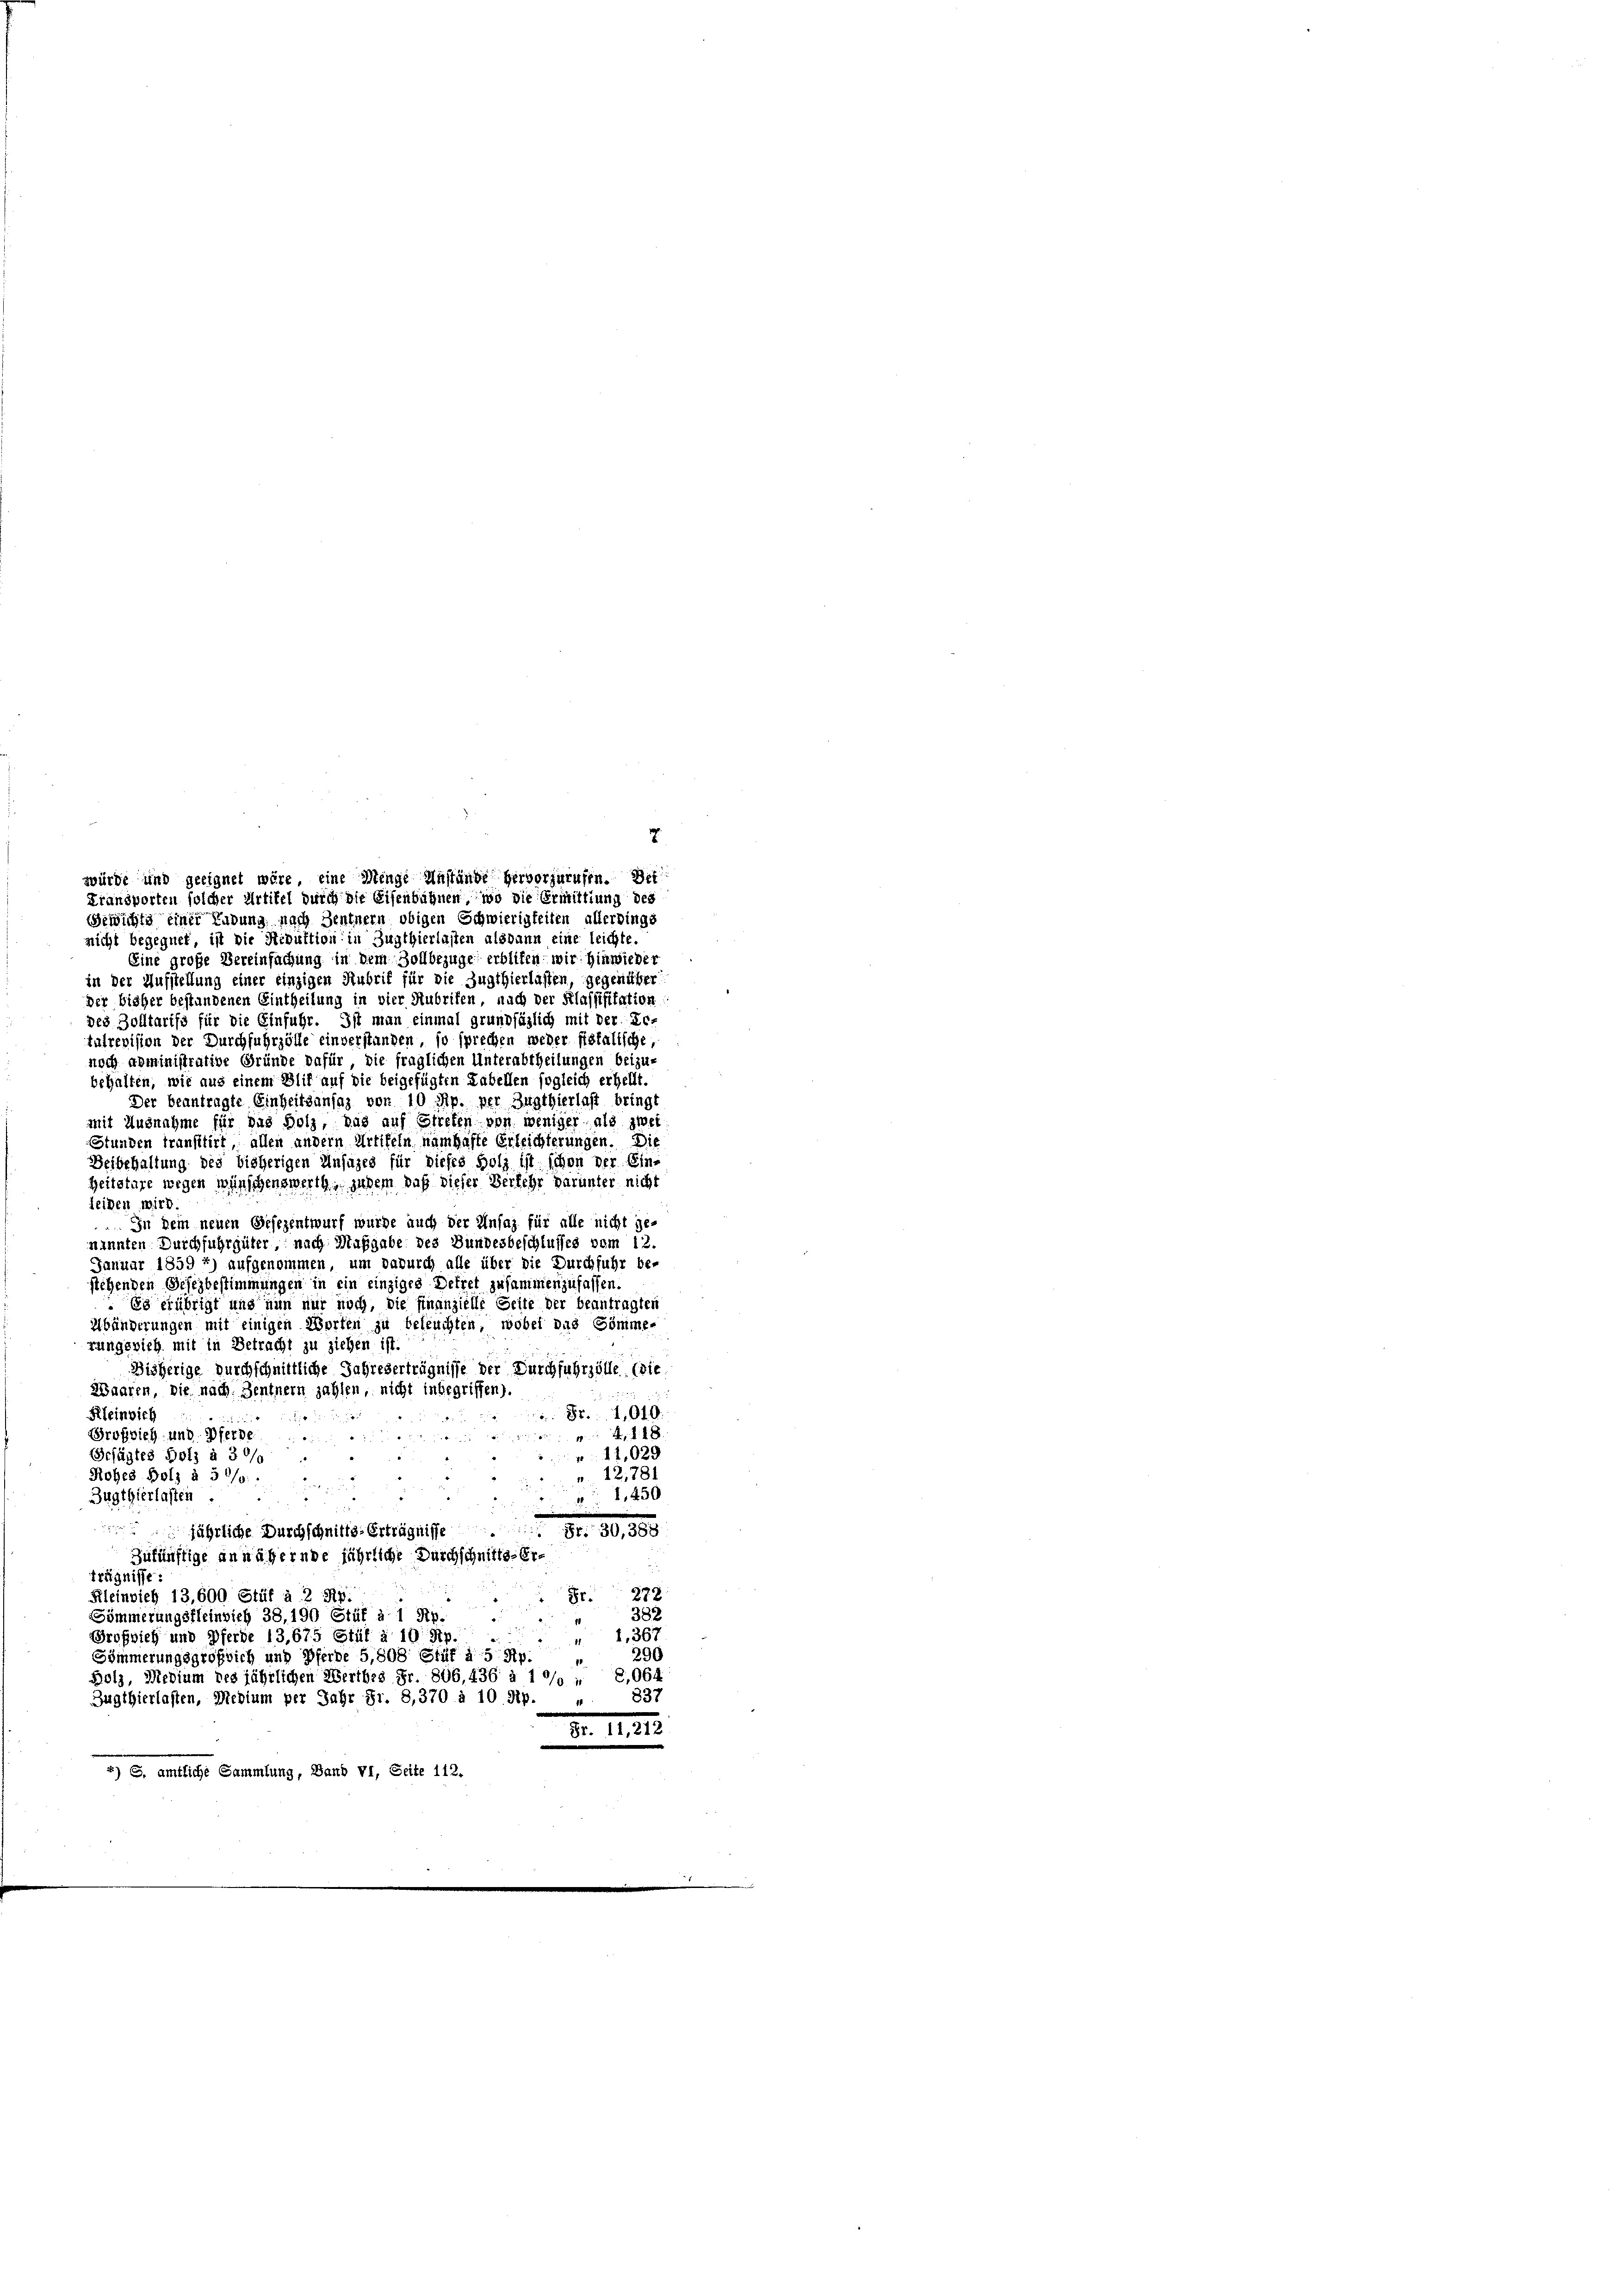
Fransporten solcher Artikel durch die Eisenbahnen, wo die Ermittlung des
Gewichte einer Ludung nach Zentnern obigen Schwierigkeiten allerdings
nicht begegnet, ist die Reduktion in Zugthierlasten alsdann eine leichte.
Eine große Vereinfachung in dem Zollbezuge erbliten wir hinwieder
in der Aufstellung einer einzigen Rubrif für die Zugthierlassen, gegenüber
der bisher bestandenen Eintheilung in vier Hubrifen, nach der Klassifikation
des Zolltariss für die Einfuhr. Ist man einmal grundfäzlich mit der Sc
tulrevision der Durchfuhrzölle einverstanden, so sprechen weder fiskalische
noch administrative Gründe dafür, die fraglichen Unterabtheilungen beizu-
behalten, wie aus einem Blif auf die beigefügten Labellen sogleich erhellt.
Der beantragte Einheitsansaz von 10 Rp. per Zugthierlast bringt
mit Ausnahme für das Holz, das auf Streten von weniger, als zwei
Stunden transttirt, allen andern Artikeln namhafte Erleichterungen. Die
Beibehaltung des bisherigen Unsazes für dieses Holz ist schon der Ein-
Reitstare wegen wünschenswerth, jedem daß dieser Verkehr darunter nicht
leiden wird.
 In Dein neuen Gesezentwurf wurde auch der Unfaz für alle nicht ge-
nannten Durchfuhrgüter, nach Maßgabe des Bundesbeschlusses vom 12
Januar 1859 f) aufgenommen, um dadurch alle über die Durchfuhr be-
stehenden Gesezbestimmungen in ein einziges Dekret zusammenzufassen.
Es erübrigt und nun nur noch, die Finanzielle Seite der beantragten
Abänderungen mit einigen Worten zu beleuchten, wobei das Sömme-
rungsvieh mit in Betracht zu ziehen ist.
Disherige durchschnittliche Jahreserträgnisse der Durchfuhrzölle. (die
Waaren, die nach. Zentnern zahlen, nicht inbegriffen).
Kleinsich
 85. 1040.
Großrich und Pferde.
4 11 x
Gefügtes Holz à 30/
11,029
r. 12,781
Rohes Holz à 5 0/0
Zugthierlasten
1,450
jährliche Durchschnitts-Erträgnisse Fr. 30, 388
zukünftige annähernde jährliche Durchschnitte-Er¬
2
Trägnisse:
272
Kleinsich 13,600 Stüf à 2 Rp.
Fr.
382
Sömmerungsfleinsich 38, 190 Stüf à 1 Rp.
Grofsich und Pferde 13,675 Stüf à 10 Rp.
 1,367
290
Sömmerungsgroßrich und Pferde 5, 508 Stif à 5 No
Bolz, Medium des jährlichen Wertbes Fr. 806, 436 à 1 %% : 6,064
837
Zugthierlasten, Medium per Jahr Sr. 8,370 à 10 Rp.
Fr. 11,212
 entliche Sammlung, Band VI, Seite 112.

würde und geeignet wäre, eine Menge Unstände hervorzurufen. Der